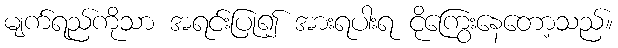
မျက်ရည်ကိုသာ အရင်းပြု၍ အားရပါးရ ငိုကြွေးနေတော့သည်။